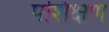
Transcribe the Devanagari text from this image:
पशिक्षण